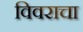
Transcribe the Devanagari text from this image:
विवराचा